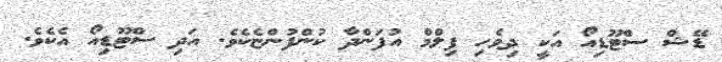
ޑޭޝް ސްޓޫޑިއޯ އަކީ ދިވެހި ފިލްމް އުފަންދާ ކުންފުންޏެކެވެ. އަދި ސްޓޫޑިއޯ އެކެވެ.